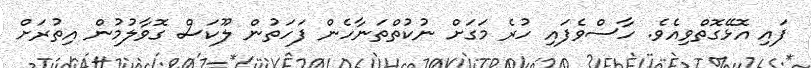
ފައި އޮޅޭގޮތްވިއެވެ. ހާސްވެފައި ހުރެ މަގަށް ނުކުތްތަނާހެން ފަހަތުން ލޫކަސް ގޮވާލުމުން އިތުރަށް